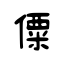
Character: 僳